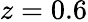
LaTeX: z=0.6